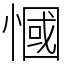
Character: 慖